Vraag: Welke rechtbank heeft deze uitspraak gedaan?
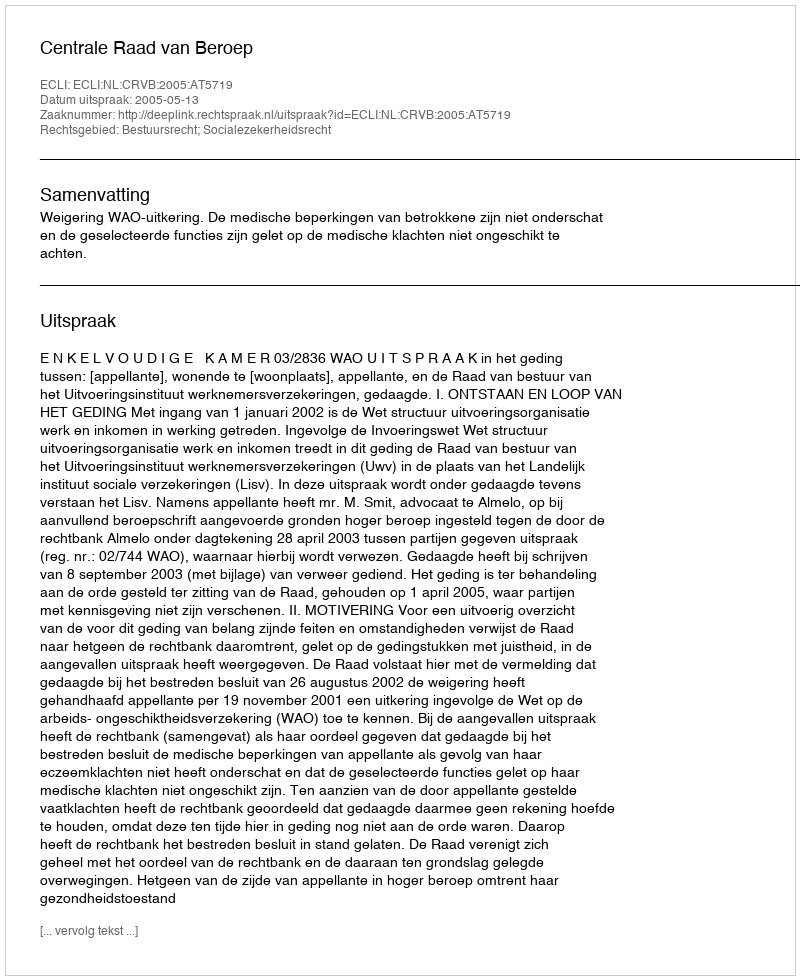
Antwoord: Centrale Raad van Beroep